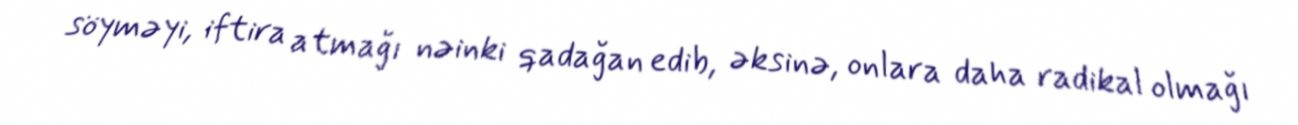
söyməyi, iftira atmağı nəinki qadağan edib, əksinə, onlara daha radikal olmağı